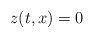
\begin{align*} z(t,x) = 0\end{align*}